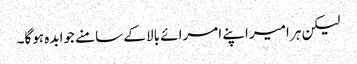
لیکن ہر امیراپنے امرائے بالا کے سامنے جوابدہ ہوگا۔